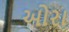
ઓરા